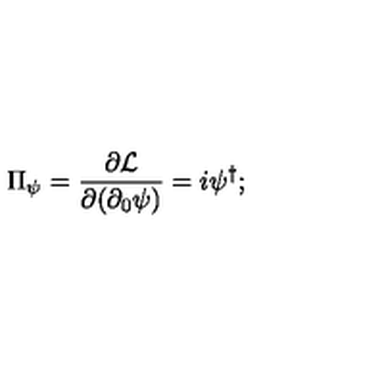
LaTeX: \Pi _ { \psi } = \frac { \partial { \cal { L } } } { \partial ( \partial _ { 0 } \psi ) } = i \psi ^ { \dagger } ;